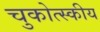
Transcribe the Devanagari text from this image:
चुकोत्स्कीय